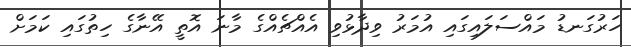
ހަރުގަނޑު މައްސަލައިގައި އުމަރު ވިދާޅުވި އެއްޗެއްގެ މާނަ އޮތީ އޭނާގެ ހިތުގައި ކަމަށް